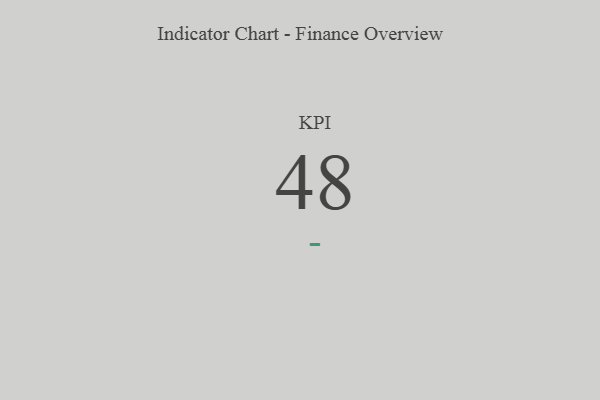
{"axis": {"x": "KPI", "y": "Value"}, "legend": [""], "data": [{"x": "KPI", "y": 48, "type": ""}]}